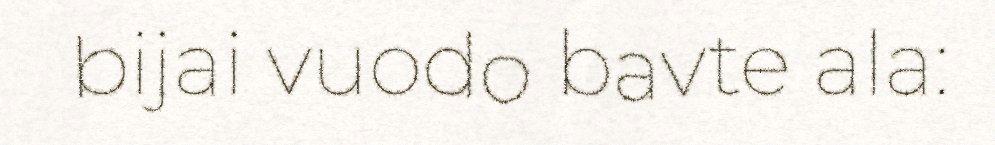
bijai vuodo bavte ala: